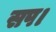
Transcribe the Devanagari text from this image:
सप।